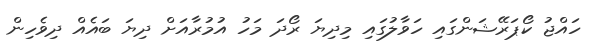
ހައްޖު ކޯޕަރޭޝަންގައި ހަވާލުގައި މިދިޔަ ރޯދަ މަހު އުމުރާއަށް ދިޔަ ބައެއް ދިވެހިން